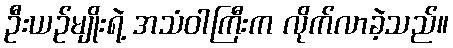
ဦးယဉ်မျိုးရဲ့ အသံဝါကြီးက လိုက်လာခဲ့သည်။